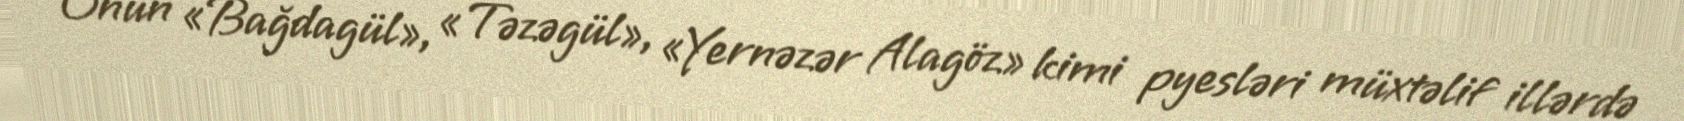
Onun «Bağdagül», «Təzəgül», «Yernəzər Alagöz» kimi pyesləri müxtəlif illərdə